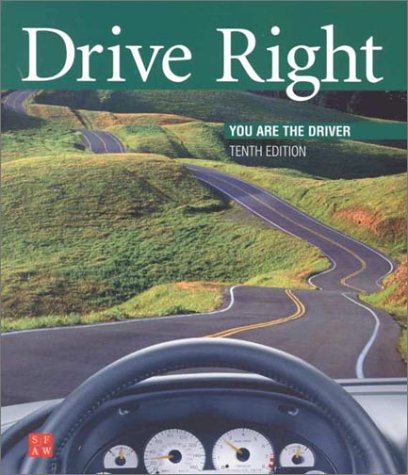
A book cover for Drive Right: You Are the Driver; Margaret L. Johnson; Test Preparation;